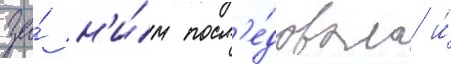
за́ н'и́м посл'е́довала и́